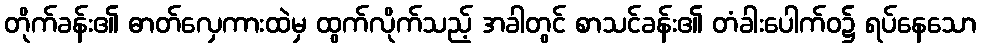
တိုက်ခန်း၏ ဓာတ်လှေကားထဲမှ ထွက်လိုက်သည့် အခါတွင် စာသင်ခန်း၏ တံခါးပေါက်ဝ၌ ရပ်နေသော